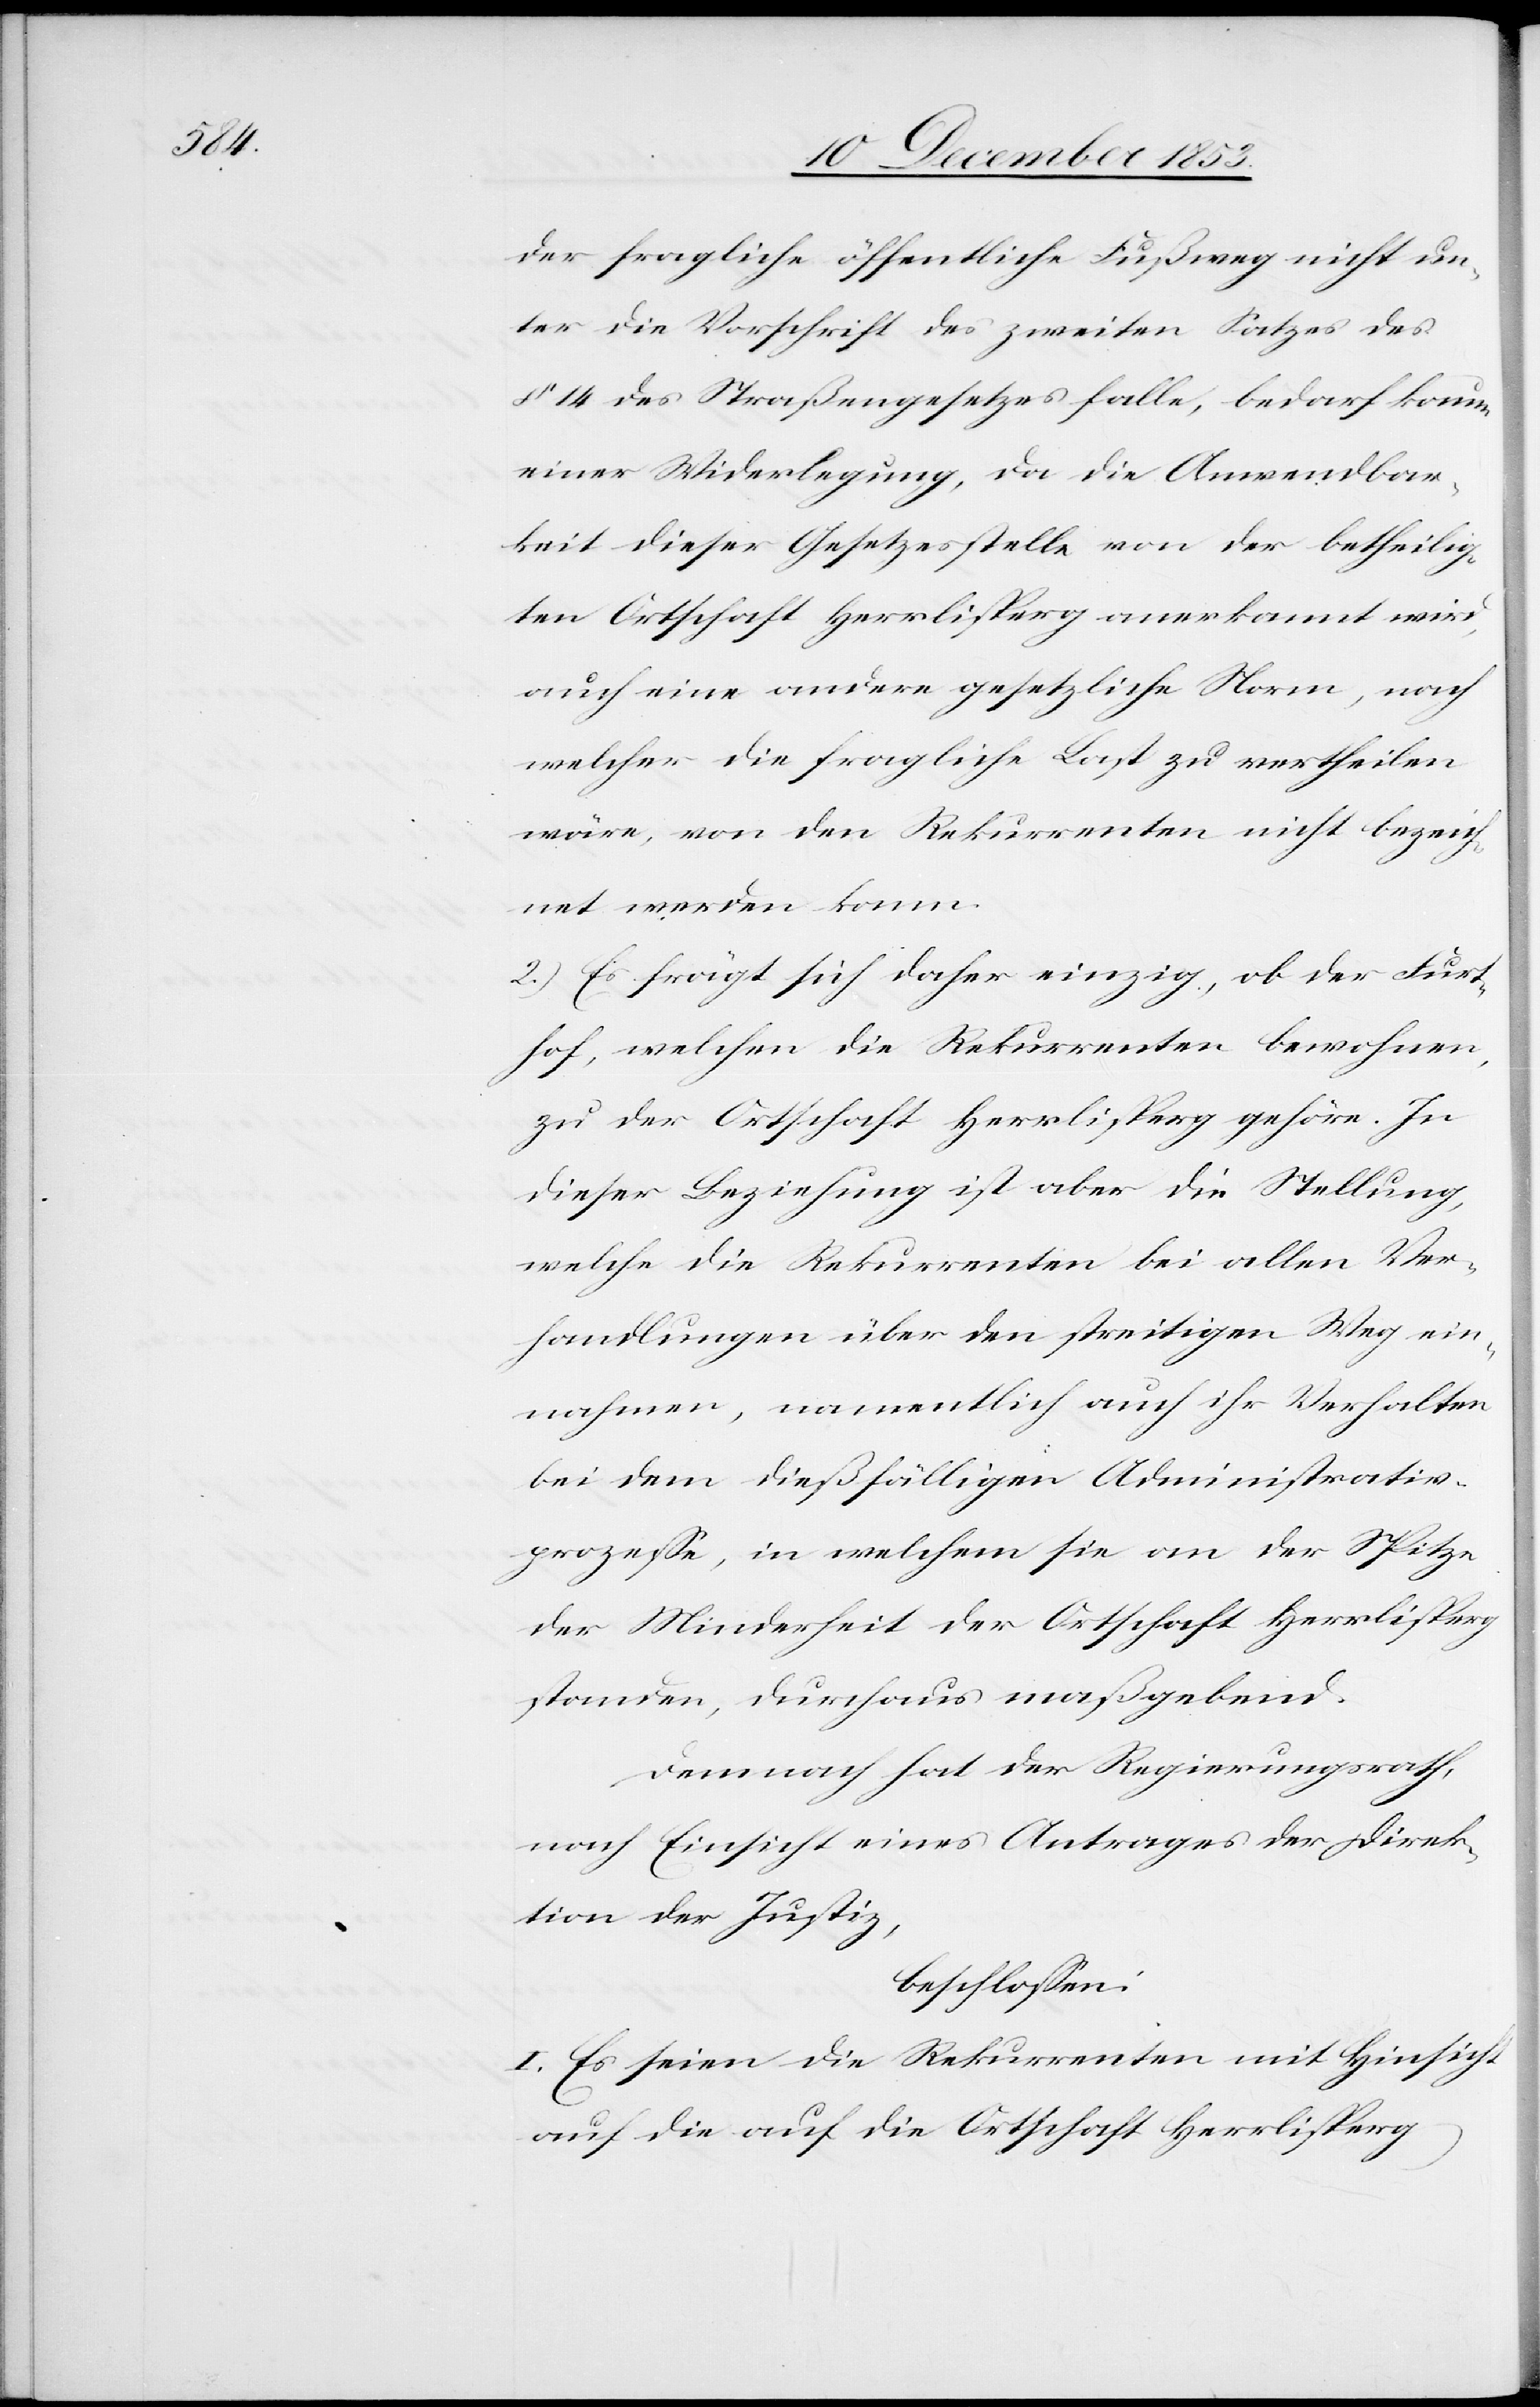
der fragliche öffentliche Fußweg nicht un¬
ter die Vorschrift des zweiten Satzes des
§ 14 des Straßengesetzes falle, bedarf kaum
einer Widerlegung, da die Anwendbar¬
keit dieser Gesetzesstelle von der betheilig¬
ten Ortschaft Herrlisperg anerkannt wird,
auch eine andere gesetzliche Norm, nach
welcher die fragliche Last zu vertheilen
wäre, von den Rekurrenten nicht bezeich¬
net werden kann.
2.) Es frägt sich daher einzig, ob der Furt¬
hof, welchen die Rekurrenten bewohnen,
zu der Ortschaft Herrlisperg gehöre. In
dieser Beziehung ist aber die Stellung,
welche die Rekurrenten bei allen Ver¬
handlungen über den streitigen Weg ein¬
nahmen, namentlich auch ihr Verhalten
bei dem dießfälligen Administrativ¬
prozeße, in welchem sie an der Spitze
der Minderheit der Ortschaft Herrlisperg
standen, durchaus maßgebend.
Demnach hat der Regierungsrath
nach Einsicht eines Antrages der Direk¬
tion der Justiz,
beschloßen:
I. Es seien die Rekurrenten mit Hinsicht
auf die auf die Ortschaft Herrlisperg